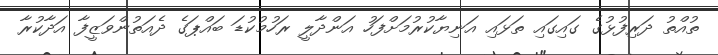
ތުއްތު ދަރިފުޅުގެ ގައިގައި ތަޅައި އަނިޔާކުރުމަށްފަހު އަންދާލީ ރަހުމުކުޑަ ބައްޕަގެ ދެއަތުންވަޒީފާ އަދާކުރާ